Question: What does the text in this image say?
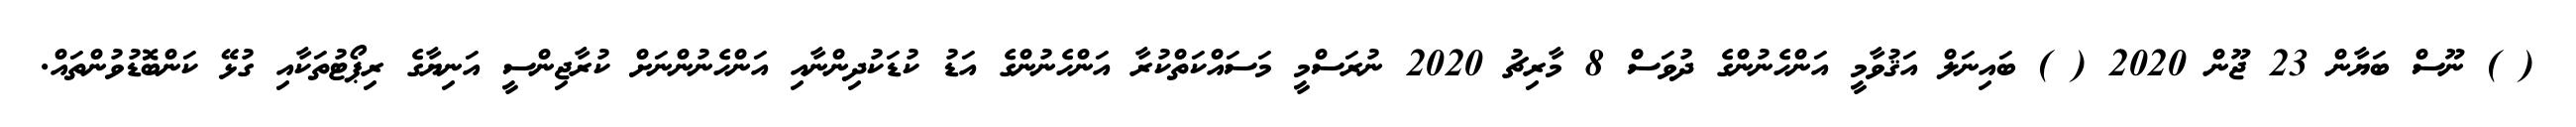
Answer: ( ) ނޫސް ބަޔާން 23 ޖޫން 2020 ( ) ބައިނަލް އަޤުވާމީ އަންހެނުންގެ ދުވަސް 8 މާރިޗު 2020 ނުރަސްމީ މަސައްކަތްކުރާ އަންހެނުންގެ އަޑު ކުޑަކުދިންނާއި އަންހެނުންނަށް ކުރާޖިންސީ އަނިޔާގެ ރިޕޯޓުތަކާއި ގުޅޭ ކަންބޮޑުވުންތައް.